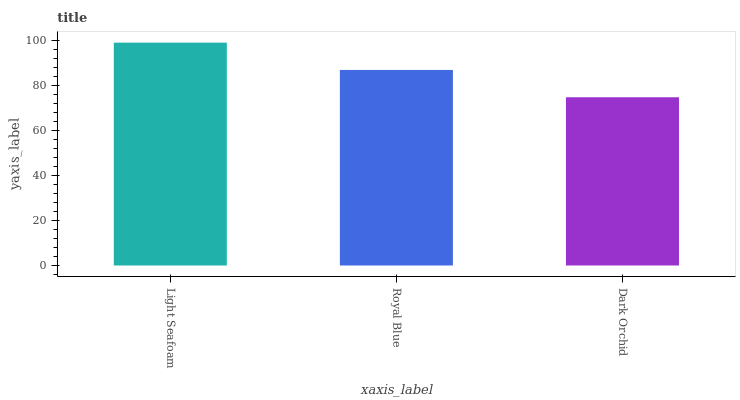
| xaxis_label | bars |
 | --- | --- |
 | Light Seafoam | 99 |
 | Royal Blue | 86.9 |
 | Dark Orchid | 74.7 |